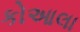
કોઆલા